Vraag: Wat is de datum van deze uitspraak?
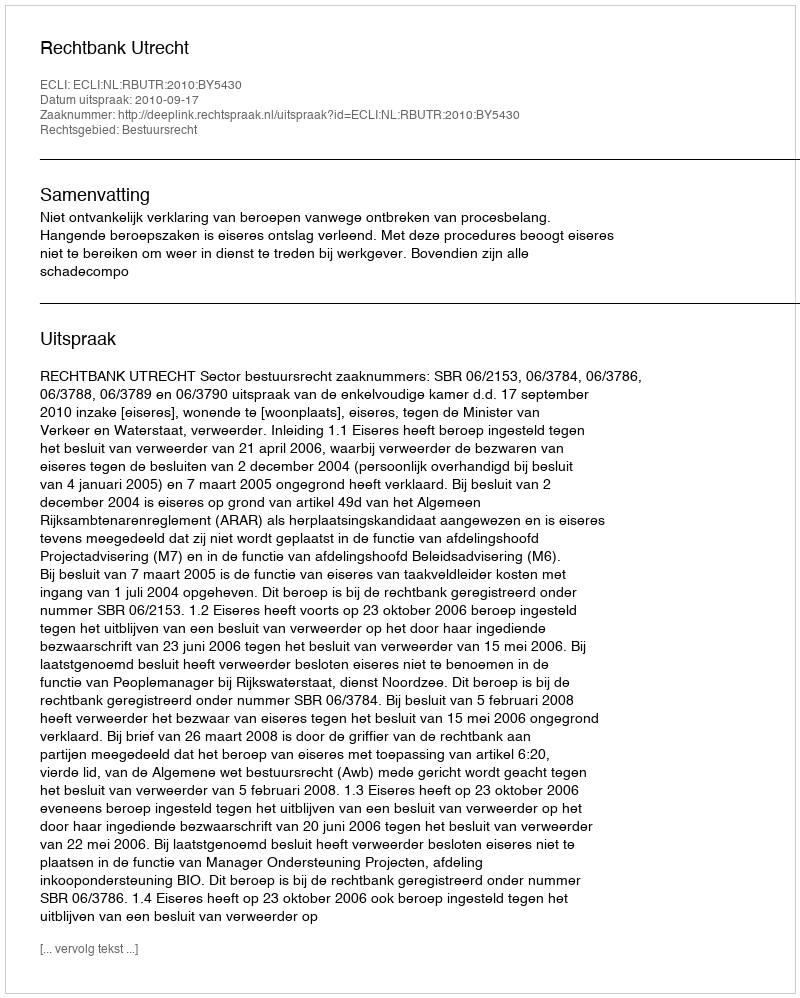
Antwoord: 2010-09-17